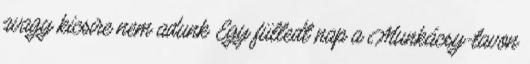
avagy kicsire nem adunk Egy fülledt nap a Munkácsy-tavon